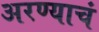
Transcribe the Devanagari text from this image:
अरण्याचं